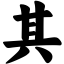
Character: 其